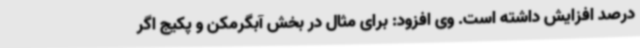
درصد افزایش داشته است. وی افزود: برای مثال در بخش آبگرمکن و پکیج اگر